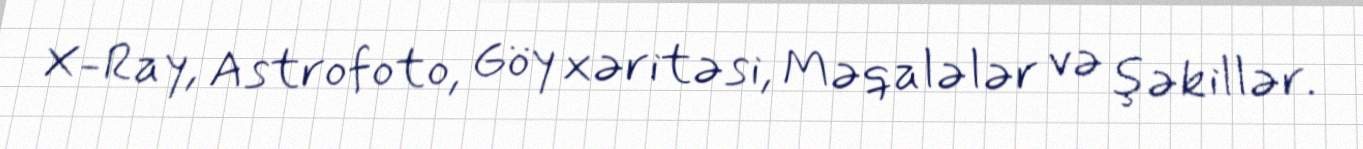
X-Ray, Astrofoto, Göy xəritəsi, Məqalələr və şəkillər.